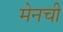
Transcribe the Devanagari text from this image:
मेनची